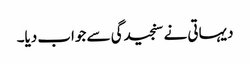
دیہاتی نے سنجیدگی سے جواب دیا۔